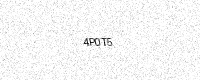
Text: 4P0T5